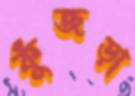
কুঁজড়া